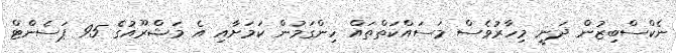
ނެކްސްބިޒުން ދަނީ މިހާރުވެސް މަސައްކަތްތައް ހިންގަމުން ކަމަށާއި އެ މަޝްރޫއުގެ 95 ޕަސެންޓް